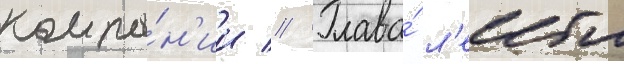
компа́н'ии // Глава́ л'еибла